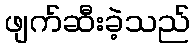
ဖျက်ဆီးခဲ့သည်